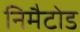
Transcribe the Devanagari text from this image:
निमैटोड